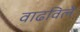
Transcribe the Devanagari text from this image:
वाढविलें